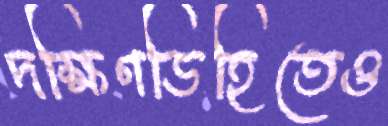
দক্ষিণডিহিতেও